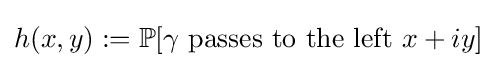
h(x,y):=\mathbb {P} [\gamma {\text{ passes to the left }}x+iy]